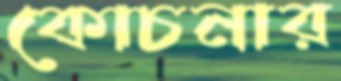
কোচনার